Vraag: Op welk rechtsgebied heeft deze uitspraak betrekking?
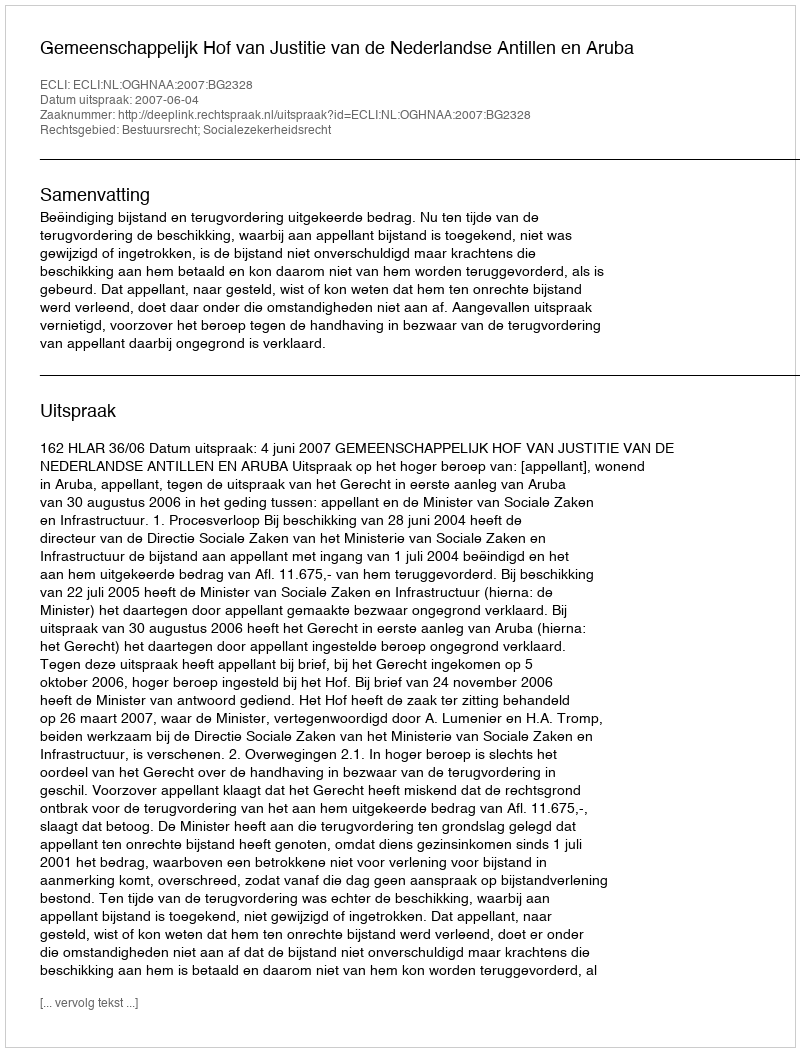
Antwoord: Bestuursrecht; Socialezekerheidsrecht